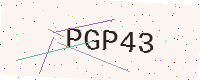
Text: PGP43